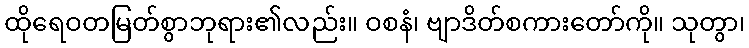
ထိုရေဝတမြတ်စွာဘုရား၏လည်း။ ဝစနံ၊ ဗျာဒိတ်စကားတော်ကို။ သုတွာ၊